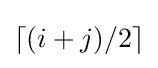
\left\lceil (i+j)/2\right\rceil